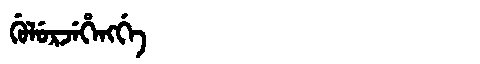
Manchu: ᡤᡠᠯᡠᡵᠵᡝᡥᡝᠩᡤᡝ
Romanization: GULURJEHENGGE